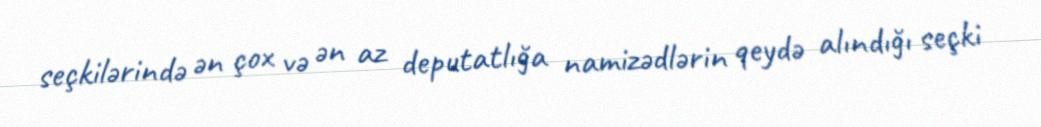
seçkilərində ən çox və ən az deputatlığa namizədlərin qeydə alındığı seçki